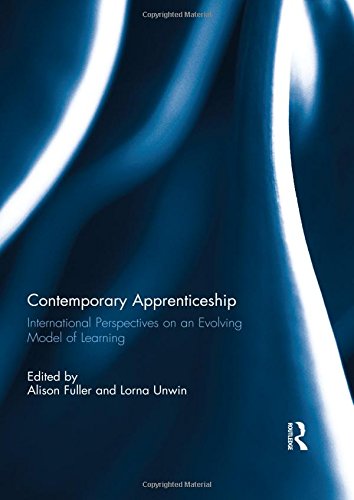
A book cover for Contemporary Apprenticeship: International Perspectives on an Evolving Model of Learning; Education & Teaching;